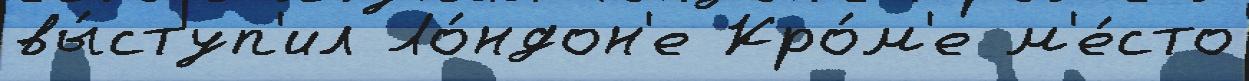
вы́ступ'ил Ло́ндон'е Кро́м'е м'е́сто